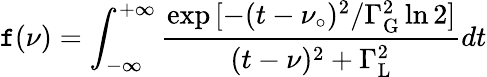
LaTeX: \mathtt{f}(\nu)=\int_{-\infty}^{+\infty}{{\frac{{\exp{[-(t-\nu_{\circ})^{2}/{\Gamma_{\mathrm{{G}}}^{\mathrm{{2}}}}\ln2]}}}{{(t-\nu)^{2}+{\Gamma_{\mathrm{{L}}}^{\mathrm{{2}}}}}}}}dt